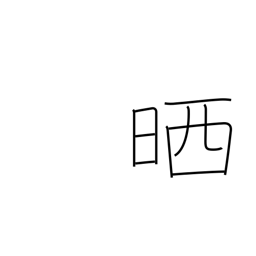
Meaning: refine